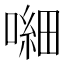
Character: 𱔕